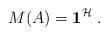
LaTeX: \begin{align*}M(A)=\mathbf{1}^{\mathcal{H}}\;.\end{align*}